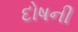
દોષની